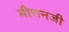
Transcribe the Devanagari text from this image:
मीरानजी